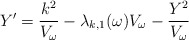
\begin{align*}Y' = \frac{k^2}{V_\omega} - \lambda_{k,1}(\omega) V_\omega - \frac{Y^2}{V_\omega}\end{align*}